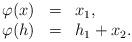
LaTeX: \begin{align*} \begin{array}{llll} \varphi(x)&=& x_1,\\ \varphi(h)&=& h_1+x_2. \end{array} \end{align*}